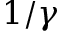
1 / \gamma